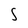
Character: S